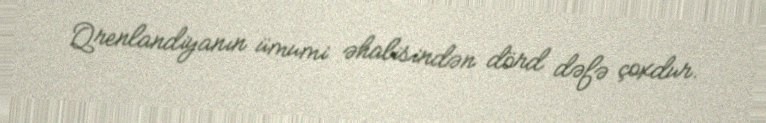
Qrenlandiyanın ümumi əhalisindən dörd dəfə çoxdur.